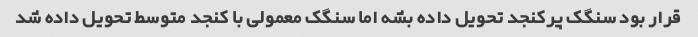
قرار بود سنگک پرکنجد تحویل داده بشه اما سنگک معمولی با کنجد متوسط تحویل داده شد